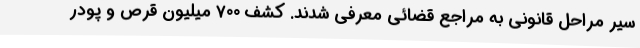
سیر مراحل قانونی به مراجع قضائی معرفی شدند. کشف 700 میلیون قرص و پودر